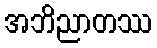
အဘိညာတဿ